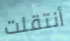
أنتقلت